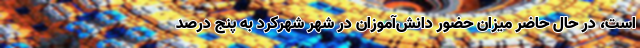
است، در حال حاضر میزان حضور دانش‌آموزان در شهر شهرکرد به پنج درصد